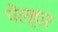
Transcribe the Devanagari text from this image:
पेल्हार